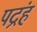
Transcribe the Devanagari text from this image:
पद्रंह